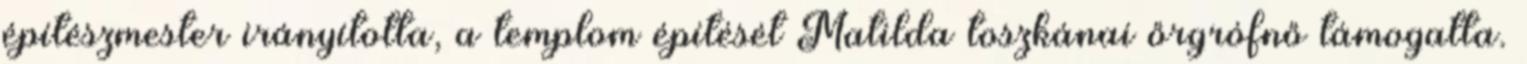
építészmester irányította, a templom építését Matilda toszkánai őrgrófnő támogatta.